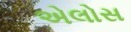
એલોસ